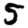
Digit: 5